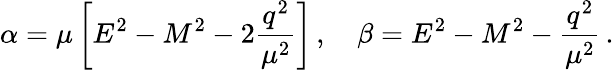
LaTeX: \alpha=\mu\left[E^{2}-M^{2}-2\frac{q^{2}}{\mu^{2}}\right]\, ,\quad\beta=E^{2}-M^{2}-\frac{q^{2}}{\mu^{2}}\, .